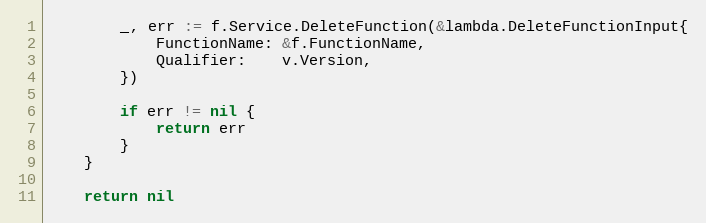
Language: Go
		_, err := f.Service.DeleteFunction(&lambda.DeleteFunctionInput{
			FunctionName: &f.FunctionName,
			Qualifier:    v.Version,
		})

		if err != nil {
			return err
		}
	}

	return nil